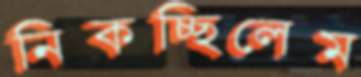
নিকচ্ছিলেম